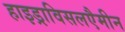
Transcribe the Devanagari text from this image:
हाइड्राविसलएैमीन